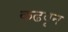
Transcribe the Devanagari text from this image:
कढवून